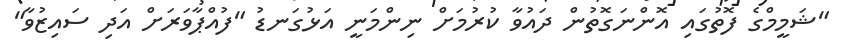
"ޝަމީމްގެ ފޮތުގައި އޮންނަގޮތުން ދައުވާ ކުރުމަށް ނިންމަނީ އަޅުގަނޑު "ފުއްޕާވަރަށް އަދި ސައިޒުވާ"